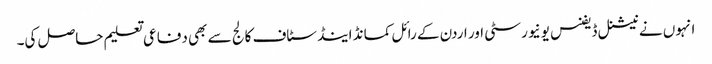
انہوں نے نیشنل ڈیفنس یونیورسٹی اور اردن کے رائل کمانڈ اینڈ سٹاف کالج سے بھی دفاعی تعلیم حاصل کی۔